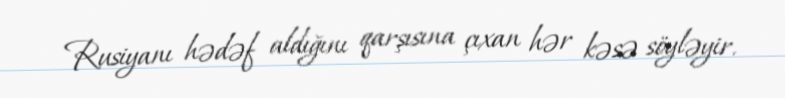
Rusiyanı hədəf aldığını qarşısına çıxan hər kəsə söyləyir.